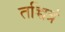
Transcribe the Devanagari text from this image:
तच्चित्रं